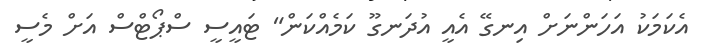
އެކަމަކު އަހަންނަށް އިނގޭ އެއީ އުދަނގޫ ކަމެއްކަން" ޓައީސީ ސްޕޯޓްސް އަށް މެސީ